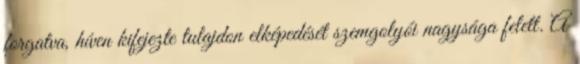
forgatva, híven kifejezte tulajdon elképedését szemgolyói nagysága felett. A